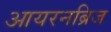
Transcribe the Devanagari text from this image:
आयरनब्रिज